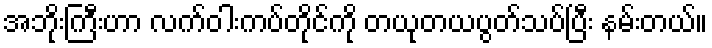
အဘိုးကြီးဟာ လက်ဝါးကပ်တိုင်ကို တယုတယပွတ်သပ်ပြီး နမ်းတယ်။